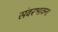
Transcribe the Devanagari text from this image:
संवरभावना